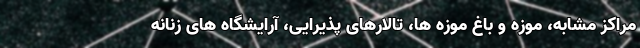
مراکز مشابه، موزه و باغ موزه ها، تالارهای پذیرایی، آرایشگاه های زنانه